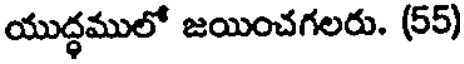
యుద్ధములో జయించగలరు. (55)